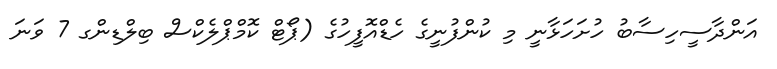
އަންދާސީހިސާބު ހުށަހަޅާނީ މި ކުންފުނީގެ ހެޑްއޮފީހުގެ (ޕޯޓް ކޮމްޕްލެކްސް ބިލްޑިންގ 7 ވަނަ